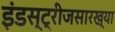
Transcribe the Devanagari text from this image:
इंडस्ट्रीजसारख्या